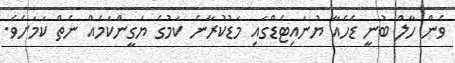
ވެން ހާލް ބުނީ ޑެހެއާ ޔުނައިޓެޑްގައި މަޑުކުރާނެ ކަމުގެ ޔަގީންކަމެއް ނެތް ކަމަށެވެ.